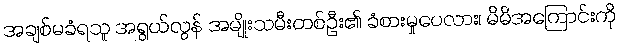
အချစ်မခံရသူ အရွယ်လွန် အမျိုးသမီးတစ်ဦး၏ ခံစားမှုပေလား၊ မိမိအကြောင်းကို